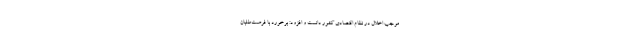
موجب اخلال در نظام اقتصادی کشور دانست و افزود: برخورد با فرصت‌طلبان